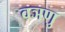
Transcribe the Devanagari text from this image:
वञणु